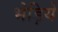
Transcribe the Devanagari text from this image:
भेड़ियें